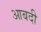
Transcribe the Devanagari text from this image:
आबदी